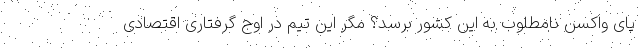
پای واکسن نامطلوب به این کشور برسد؟ مگر این تیم در اوج گرفتاری اقتصادی